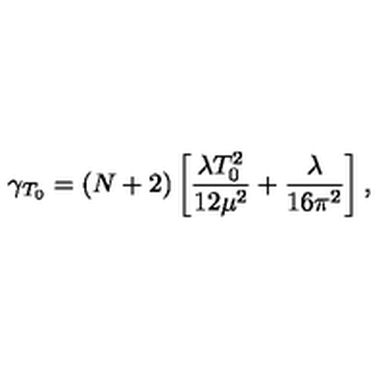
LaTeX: \gamma _ { T _ { 0 } } = ( N + 2 ) \left[ \frac { \lambda T _ { 0 } ^ { 2 } } { 1 2 \mu ^ { 2 } } + \frac { \lambda } { 1 6 \pi ^ { 2 } } \right] ,